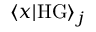
\langle x | \mathrm { H G } \rangle _ { j }